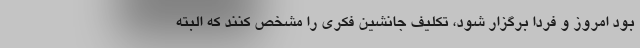
بود امروز و فردا برگزار شود، تکلیف جانشین فکری را مشخص کنند که البته